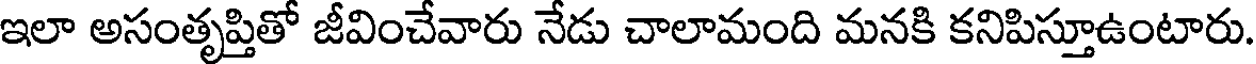
ఇలా అసంతృప్తితో జీవించేవారు నేడు చాలామంది మనకి కనిపిస్తూఉంటారు